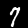
Digit: 7